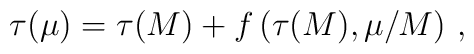
\tau(\mu) =    \tau(M) +   f\left(\tau(M),     \mu/M\right) \, ,